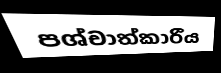
පශ්චාත්කාරීය